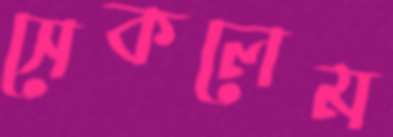
সেকলেম